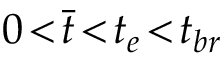
0 \! < \! \bar { t } \! < \! t _ { e } \! < \! t _ { b r }